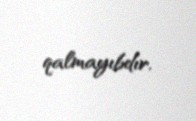
qalmayıbdır.